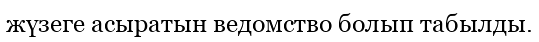
жүзеге асыратын ведомство болып табылды.